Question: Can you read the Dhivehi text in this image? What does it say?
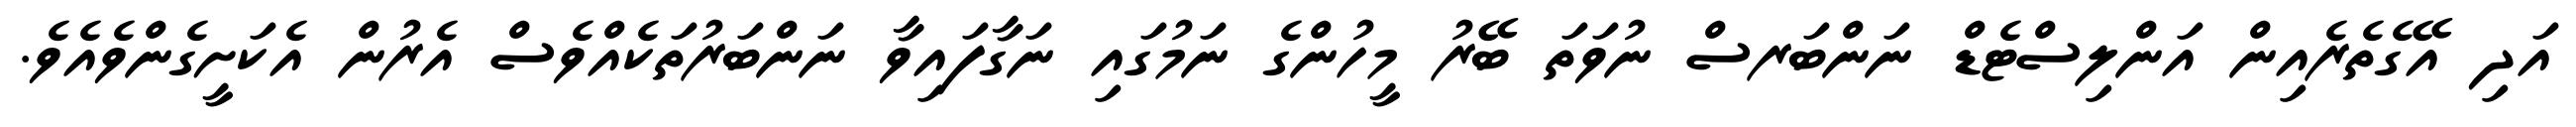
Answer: އަދި އޭގެތެރެއިން އަންލިސްޓެޑް ނަންބަރސް ނުވަތަ ބޭރު މީހުންގެ ނަމުގައި ނަގާފައިވާ ނަންބަރުތަކެއްވެސް އެރުން އެކަށީގެންވެއެވެ.